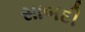
સાબદી